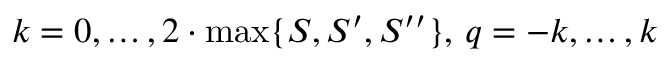
k = 0 , \ldots , 2 \cdot \operatorname* { m a x } \{ S , S ^ { \prime } , S ^ { \prime \prime } \} , \, q = - k , \ldots , k